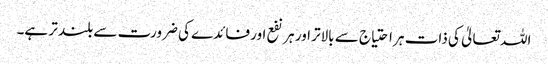
اللہ تعالیٰ کی ذات ہر احتیاج سے بالاتر اور ہر نفع اور فائدے کی ضرورت سے بلند تر ہے۔